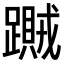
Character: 𨆎